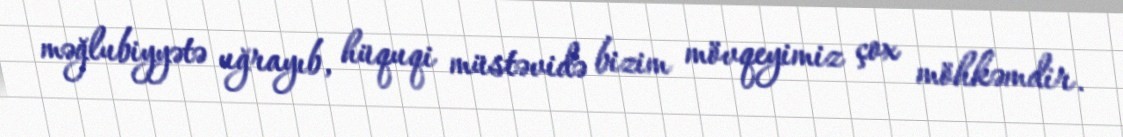
məğlubiyyətə uğrayıb, hüquqi müstəvidə bizim mövqeyimiz çox möhkəmdir.